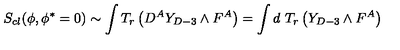
S _ { c l } ( \phi , \phi ^ { * } = 0 ) \sim \int T _ { r } \left( D ^ { A } Y _ { D - 3 } \wedge F ^ { A } \right) = \int d \ T _ { r } \left( Y _ { D - 3 } \wedge F ^ { A } \right)